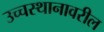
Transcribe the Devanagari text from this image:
उच्चस्थानावरील